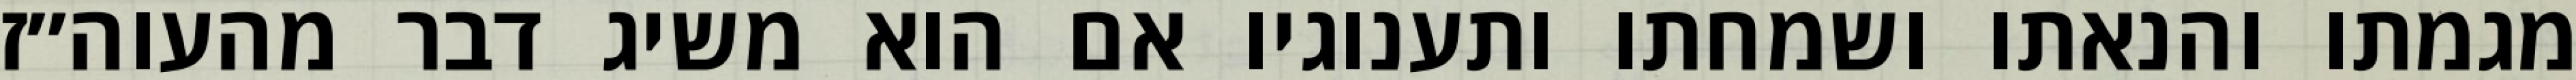
מגמתו והנאתו ושמחתו ותענוגיו אם הוא משיג דבר מהעוה״ז